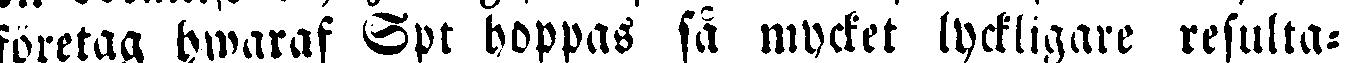
företag hwaraf Spt hoppas så mycket lyckligare resulta-